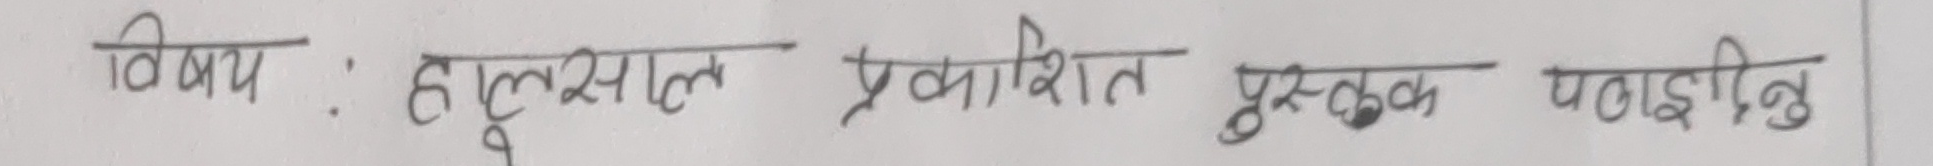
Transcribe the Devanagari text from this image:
विषय : हरूसल्ल प्रकाशित पुस्तक पठाईदिनु